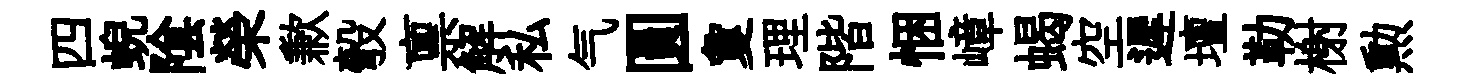
四蜺隂榮歉彀禀解私气圓夐理階悃嶂蝎空遲壇勒榭勲